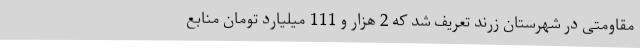
مقاومتی در شهرستان زرند تعریف شد که 2 هزار و 111 میلیارد تومان منابع